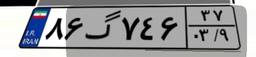
۸۵گ۳۴۷۰۲